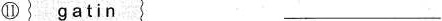
⑪ gatin ___